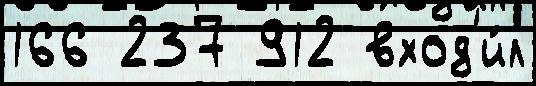
166 237 912 вход'и́л